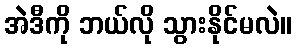
အဲဒီကို ဘယ်လို သွားနိုင်မလဲ။